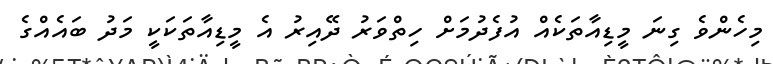
މިހެންވެ ގިނަ މީޑިއާތަކެއް އުފެދުމަށް ހިތްވަރު ދޭއިރު އެ މީޑިއާތަކަކީ މަދު ބައެއްގެ